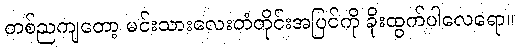
တစ်ညကျတော့ မင်းသားလေးတံတိုင်းအပြင်ကို ခိုးထွက်ပါလေရော။